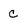
Character: c